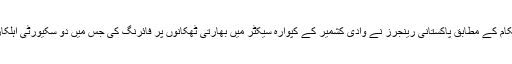
بھاتی فوجی حکام کے مطابق پاکستانی رینجرز نے وادی کشمیر کے کپوارہ سیکٹر میں بھارتی ٹھکانوں پر فائرنگ کی جس میں دو سکیورٹی اہلکار مارے گئے۔